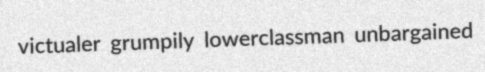
victualer grumpily lowerclassman unbargained